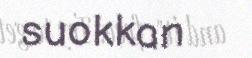
suokkan